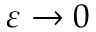
\varepsilon \rightarrow 0